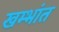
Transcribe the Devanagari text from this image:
खम्भांत